Vital statistics of India. Vol. IV, Annual returns from 1871 to 1876. British Army of India, Native Army and jails of Bengal
Year: 1871
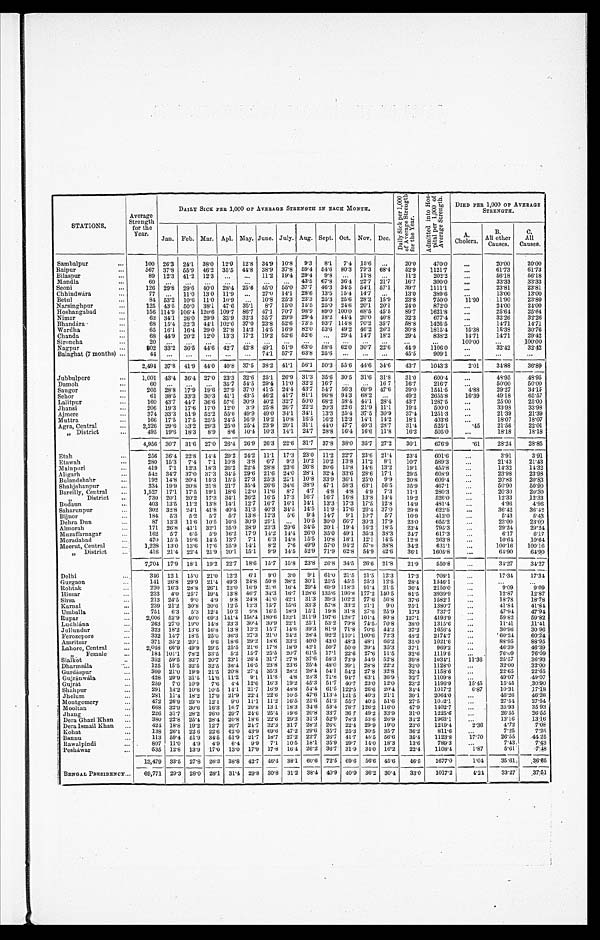
STATIONS.
Average
Strength
for the
Year.
DAILY SICK PER 1,000 OF AVERAGE STRENGTH IN EACH MONTH.
D a i l y S i c k p e r 1 , 0 0 0 o f A v e r a g e S t r e n g t h f o r t h e Y e a r . A d m i t t e d i n t o H o s - p i t a l p e r 1 , 0 0 0 o f A v e r a g e S t r e n g t h . DIED PER 1,000 OF AVERAGE
STRENGTH.
Jan. Feb. Mar. Apl. May. June. July. Aug. Sept. Oct. Nov. Dec.
A.
Cholera.
B.
All other
Causes.
C
. A l l C a u s e s .
Sambalpur
100 26.3 24.1 38.0 12.0 12.8 34.9 10.8
9.3
8.1
7.4 15.6
. . .
2 0 . 0
4 7 0 . 0
. . .
2 0 . 0 0
2 0 . 0 0
Raipur
567 37.8 55.9 46.2 35.5 44.8 38.9 37.8 59.4 54.6
8 0 . 3
7 9 . 3
6 8 . 4
5 2 . 9
1 1 2 1 . 7
...
6 1 . 7 3
6 1 . 7 3
Bilaspur
89 12.3 41.2 12.3
. . .
. . . 11.2 19.4 29.4 9.8
. . .
1 1 . 8
. . .
1 1 . 2
2 0 2 . 2
...
5 6 . 1 8
5 6 . 1 8
Mandla
60 ...
. . .
. . .
...
...
. . .
...
43.5 67.8
3 6 . 4
22.7
2 1 . 7
1 6 . 7
3 0 0 . 0
...
3 3 . 3 3
3 3 . 3 3
Seoni
126 29.8 29.6 40.0 28.4 25.6 45.0 55.0 37.7 46.3 34.5 54.1
5 7 . 1
3 9 . 7
1 1 1 1 . 1
. . .
2 3 . 8 1
2 3 . 8 1
Chhindwára
77 ...
11.0 13.0 11.9 ...
27.0 14.1 28.6 13.5 15.4 14.7
. . .
13.0
389.6
. . .
1 3 . 0 0
1 3 . 0 0
Betul
84 53.2 10.6 11.0 10.9
. . . 10.8 25.3 23.3 25.3 25.6 28.2
1 5 . 9
2 3 . 8
7 5 0 . 0
1 1 . 9 0 .
1 1 . 9 0
2 3 . 8 0
Narsinghpur
125 43.5 50.0 38.1 47.6
3 5 . 1
8 . 7 15.0 15.5 25.0 24.6 20.1
2 0 . 1
2 4 . 0
8 7 2 . 0
. . .
2 4 . 0 0
2 4 . 0 0
Hoshangabad
156 114.9 106.4 120.6 109.7 86.7 47.1 70.7 98.9 89.0 100.0 68.5 45.5
8 9 . 7
1 6 2 1 . 8
...
2 5 . 6 4
2 5 . 6 4
Nimar
62 34.1
2 6 . 0
2 9 . 9
3 3 . 9
3 2 . 3
3 5 . 7
2 9 . 9
2 9 . 4
1 8 . 2
4 4 . 4
2 0 . 0
4 0 . 8
3 2 . 3
6 7 7 . 4
...
3 2 . 2 6
3 2 . 2 6
B h a n d á r a
68 15.4
3 2 . 3
4 4 . 1
1 0 2 . 6
3 7 . 0
2 3 . 8
5 2 . 6
7 3 . 5
9 3 . 7
1 1 4 . 8
7 0 . 2
3 5 . 7
5 8 . 8
1 4 2 6 . 5
. . .
1 4 . 7 1
1 4 . 7 1
Wardha
65 16.1 16.4 29.0 27.8 14.3 14.5 16.9 82.0
5 3 . 6
4 9 . 2
4 6 . 2
2 6 . 3
3 0 . 8
1 8 1 5 . 4
1 5 . 3 8
1 5 . 3 8
3 0 . 7 6
Chanda
68 44.9 20.2 12.0 13.3 17.2 19.2 52.6 52.6
. . . 29.4 14.7 18.2
29.4
8 3 8 . 2
1 4 . 7 1
1 4 . 7 1
2 9 . 4 2
S i r o n c h a 20 ...
. . .
. . .
. . . ...
. . .
. . .
. . . ...
. . .
. . .
. . .
. . .
. . .
1 0 0 . 0 0
. . .
1 0 0 . 0 0
Nagpur
802 33.2 36.5 44.6 42.7 42.8 49.1 51.9 63.0 58.6 62.0
3 0 . 7
2 2 . 6
4 4 . 9
1 1 0 6 . 0
. . .
3 2 . 4 2
3 2 . 4 2
Balaghat (7 months)
44 ...
...
...
...
...
74.1 57.7 63.8 25.6 ...
. . .
. . .
45.5
9 0 9 . 1
...
. . .
. . .
2,494 37.8 41.9 44.0 40.8 37.5 38.2 41.1 56.1 50.3 55.6 44.6 34.6
43.7
1043.3
2.01
34.88
36.89
Jubbulpore
1,001 43.4 36.4 27.0 23.3 32 .6 25.1 26.9 31.3 35.6 30.5 31.6 31.8
3 1 . 0
6 0 0 . 4
. . .
4 8 . 9 5
4 8 . 9 5
Damoh
60 ...
. . .
. . . 35.7
5 4 . 5 29.4 11.0 32.2 16.7
. . .
. . . 16.7
16.7
2 1 6 . 7
...
5 0 . 0 0
5 0 . 0 0
Saugor
205 28.8 17.9
1 9 . 6 27.9 37.0 41.5 24.4 43.7 54.7 56.3
6 9 . 9
4 7 . 6
3 9 . 0
1 5 4 1 . 5
4 . 8 8
2 9 . 2 7
3 4 . 1 5
Sehor
6 1 38.5 33.3 30.3 41.1 43.5 46.2 41.7 81.1 96.8 94.3 68.2 ...
49.2
2 6 5 5 . 8
1 6 . 3 9
4 9 . 1 8
6 5 . 5 7
Lalitpur
160 43.7 44.7 36.6 57.6 30.9 40.2 32.7 50.0 68.2 58.4 44.1 28.4
43.7
1 2 8 7 . 5
. . .
2 5 . 0 0
2 5 . 0 0
Jhansi
206 19.3 17.6 17.0 12.0 3.9 25.8 26.7 22.2 20.3 22.6 21.9 11.1
19.4
5 0 0 . 0
...
3 3 . 9 8
3 3 . 9 8
Ajmere
374 33.3 51.9 52.2 55.6 49.9 49.0 34.1 34.1 13.3
2 5 . 4
3 7 . 5
3 0 . 9
3 7 . 4
1 2 5 1 . 3 ...
2 1 . 3 9
2 1 . 3 9
Muttra
166 17.5 17.5 25.5 24.5 16.9 19.2 10.8 16.5
1 6 . 2
1 2 . 3
1 4 . 1
1 4 . 2
1 8 . 1
4 0 3 . 6
. . .
1 8 . 0 7
1 8 . 0 7
Agra, Central
2,226 29.6 33.2 29.3 25.0 25.4 23.9 20.1 31.1 44.0 47.7 40.3
2 8 . 7
31.4
525.1
. 4 5
2 1 . 5 6
2 2 . 0 1
” District
495 19.6 18.3 8.9
8.6 10.4 10.3 14.1 24.7 28.8 16.4 16.6 11.8
16.2
505.0
. . .
18.18
18.18
4,956 30.7 31.6 27.0 26.4 26.9 26.3 22.6 31.7 37.8 38.0 35.7 27.2
30.1
676.9
0 6 1
28.24
28.85
Etah
256 36.4 22.8 14.4 29.2
2 4 . 2 11.1 17.3 23.0 11.2 22.7 23.6 21.4
23.4
601.6
. . .
3 . 9 1
3 . 9 1
Etawah
280 15.3
7.4
7.1 10.8
3.8 6.7
9.3 10.2 10.2 13.8 11.2 8.1
10.7
5 8 9 . 3
. . .
2 1 . 4 3
2 1 . 4 3
Mainpuri
419 7.1 12.3 18.3 26.2 22.4 28.8 23.6 26.8 20.6 15.8 14.6
1 3 . 2
1 9 . 1
4 5 5 . 8
. . .
1 4 . 3 2
1 4 . 3 2
Aligarh
542 34.7 37.0 37.3 34.5 29.6 21.6 24.0 28.1
3 2 . 4
3 3 . 6
2 8 . 6
1 7 . 1
2 9 . 5
6 0 8 . 9
. . .
2 3 . 9 8
2 3 . 9 8
Bulandshahr
192 14.8 20.4 15.3 15.5 27.3 25.3 25.1 10.8 33.9 36.1 25.0 9.9
20.8
609.4
. . .
2 0 . 8 3
2 0 . 8 3
Shahjahanpur
334 19.9 20.8 21.8
2 1 . 7 35.4 26.6 34.6 38.9 47.1 58.3 63.1 56.5
35.9
467.1
...
5 0 . 9 0
5 0 . 9 0
Bareilly, Central
1,527 17.1 17.5 19.1 18.6 12.0 11.6
8.7
4.7
4.8
4.8 4.9 7.3
1 1 . 1
2 8 0 . 3
. . .
2 0 . 3 0
2 0 . 3 0
” District
730 20.1 20.2 17.3 34.1 26.2 16.5 17.3 16.7 167 16.8 13.8 14.4
19.2
526.0
...
12.33
12.33
Budaun
403 13.5 11.2 13.8 14.1 12.7 16.7 16.1 14.1 13.3 17.3 17.5 12.8
14.9
481.4
. . .
4 . 9 6
4 . 9 6
Saharunpur
302 32.8 24.1 41.8 40.4 31.3 40.3 34.5 14.5 11.9 17.6 26.4 37.0
29.8
6 2 2 . 5
...
3 6 . 4 2
3 6 . 4 2
Bijnor
184 5.3
5.2
5.7
5.7 13.8 12.3
5.6
9.4 14.7 9.1 10.7
5.7
10.9
4 1 3 . 0
...
5 . 4 3
5 . 4 3
Dehra Dun
87 13.3 11.6 10.5 10.6 30.9 29.1 ...
10.5 30.0 66.7 30.3 17.9
23.0
655.2
. . .
2 3 . 0 0
2 3 . 0 0
Almorah
171 26.8 41.1 32.1 25.0 28.9 23.3 29.6 34.5 20.1 19.4 16.2 18.5
2 3 . 4
7 9 5 . 3
. . .
2 9 . 2 4
29.24
Muzaffarnagar
162
5.7
6.5
5.9 16.2 17.9 14.2 14.4 26.0 35.0 49.1 35.3 38.3
24.7
617.3
...
6 . 1 7
6 . 1 7
Moradabad
470 15.5 19.6 14.5 13.7
7.1
6.3 14.8 15.5 10.8 18.1 12.1 14.5
1 2 . 8
2 6 3 . 8
. . .
1 0 . 6 4
1 0 . 6 4
Meerut, Central
1,228 13.0 13.6 17.6 25.9 14.1
8.2
7.6 49.9 57.0
9 4 . 2
5 7 . 0
3 8 . 8
3 4 . 2
6 3 1 . 1
...
1 0 0 . 1 6
1 0 0 . 1 6
” District
416 21.4 22.4 21.9 20.1 15.1
9.9 14.5 52.9 71.9 62.8 54.9 42.6
36.1
1 6 0 5 . 8
...
64.90
64.90
7,704 17.9 18.1 19.2 22.7 18.6 15.7 15.8 23.8 26.8 34.5 26.6 21.8
21.9
5 5 0 . 8
...
34.27
34.27
Delhi
346 12.1 15.0 21.0 12.2 6.1
9.0 3.0
9.1 61.0 21.5 21.5 12.3
17.3
708.1
. . .
17.34
1 7 . 3 4
Gurgaon
141 26.8 29.9 21.4 49.3 24.8 50.8 38.2 30.1 25.5 45.5 25.3 12.5
28.4
1 5 4 6 . 1
. . .
. . .
. . .
Rohtak
220 16.3 28.8 26.1 22.0 16.9 21.6 16.4 29.4 69.9 118.3 91.4 21.5
36.4
2 1 5 0 . 0
. . .
9 . 0 9
9 . 0 9
Hissar
233 4.0 25.7 19.4 13.8 46.7 34.3 16.7 128.6 135.6 196.8 177.2 140.5
8 1 . 5
3 9 3 9 . 9
. . .
1 2 . 8 7
1 2 . 8 7
Sirsa
213 24.5
9.0
4.9 9.8 24.8 41.0 42.1 31.3 39.3 102.2 77.6 56.8
37.6
1582.1
. . .
1878
18.78
Karnal
239 21.2 30.8 30.6 12.5 12.3 15.7 15.6 33.3 57.8 33.2 21.1
9.0
25.1
1 3 8 0 . 7
. . .
4 1 . 8 4
4 1 . 8 4
Umballa
751 6.3
5.3 12.4 10.2
9.8 16.5 18.9 15.1 19.8 31.8 27.6 25.9
1 7 . 3
7 3 7 . 7
. . .
4 7 . 9 4
4 7 . 9 4
Rupar
2,006 52.9
4 0 . 0 69.3 141.4 156.4 180.6 132.1 211.9 197.6 128.7 101.4 80.8 127.1
4 1 9 3 . 9
. . .
5 9 . 8 2
5 9 . 8 2
Ludhiána
263 27.0 19.0 14.8 23.3 30.4 30.9 22.1 25.1 53.2 79.8 74.5 70.8
38.0
1 3 1 5 . 6
...
1 1 . 4 1
1 1 . 4 1
Jullundur
323 18.2 13.6 16.8 13.8 13.2 15.7 14.6 39.3 81.9 71.8 70.6 44.2
3 7 . 2
1 6 5 6 . 4
. . .
3 0 . 9 6
3 0 . 9 6
Ferozepore
332 14.7 18.5 25.0 36.3 27.3 21.0 24.2 28.4 92.2 110.1 100.6 72.3
48.2
2174.7
. . .
60.24
60.24
Amritsar
371 35.2 20.1
9.6 18.6 29.2 18.6 33.2
4 0 . 0 43.0 48.3 48.1 66.2
35.0
1 0 2 1 . 6
. . .
8 8 . 9 5
8 8 . 9 5
Lahore, Central
2,048 66.9 49.9 29.5 25.5 21.6 17.8 18.9 42.1 50.7 50.0 39.4 35.3
3 7 . 1
9 6 9 . 2
. . .
4 6 . 3 9
4 6 . 3 9
” Female
184 101.1 78.2 33.5
5.2 15.7 25.5 20.7 61.5 17.1 22.6 27.6 11.5
32.6
1119.5
. . .
7 6 . 0 9
7 6 . 0 9
Sialkot
352 59.5 32.7 20.7 23.1 26.4 31.7 27.8 37.6 58.3 73.9 54.9 52.8
39.8
1 0 3 4 . 1
1 1 . 3 6
2 5 . 5 7
3 6 . 9 3
Dharmsála
125 15.5 32.5 32.5 36.4 16.5 23.8 23.6 25.4 48.0 39.1 28.8 22.2
32.0
1 1 2 8 . 0
. . .
3 2 . 0 0
3 2 . 0 0
Gurdáspur
309 21.0 19.9 21.5 20.8 27.4 35.3 28.2 28.4 54.1 54.2 27.8 32.8
32.4
1158.6
...
22.65
2 2 . 6 5
Gujránwála
428 29.9 31.5 11.8 11.2 9.1 11.8
4 . 8 23.3 71.8 94.7 63.1 36.9
32.7
1109.8
...
49.07
4 9 . 0 7
Gujrat
259 7.0 10.9 7.6
4.4 12.6 16.3 19.2 45.3 51.7 40.7 23.0 12.0
23.2
1 1 9 6 . 9
1 5 . 4 5 .
1 5 . 4 5
3 0 . 9 0
Shahpur
291 14.2 10.8 10.5 14.1 21.7 16.9 48.8 54.4 61.5
1 2 2 . 5
2 6 . 6
2 0 . 4
3 4 . 4
1 0 1 7 . 2
6 . 8 7
1 0 . 3 1
1 7 . 1 8
Jhelum
281 11.4 18.2 17.9 21.9 22.4 22.6 10.5 47.6 113.4 121.5 40.3 21.1
39.1
2 0 6 4 . 0
. . .
4 6 . 2 6
4 6 . 2 6
Montgomery
472 26.9 23.0 12.1
9.0 11.1 11.2 16.5 25.6 51.2 55.7 40.5 51.6
2 7 . 5
1 0 5 2 . 1
...
2 7 . 5 4
2 7 . 5 4
Mooltan
668 32.9 30.6 16.3 16.7 20.8 13.1 18.3 34.6 53.4 78.7 126.2 116.0
4 7 . 9
1 4 0 2 . 7
...
3 5 . 9 3
3 5 . 9 3
Jhang
226 31.7 28.2 26.0 29.7 24.6 25.4 19.6 20.8 33.7 36.7 49.2 33.9
31.0
1225.6
. . . 26.55
26.55
Dera Ghazi Khan
380 22.8 25.4 28.4 20.8 18.6 22.6 29.3 31.3 52.9 78.3 53.6 26.9
34.2
1 9 6 3 . 1
. . .
1 3 . 1 6
1 3 . 1 6
Dera Ismail Khan
424 18.8 19.2 12.7 20.7
2 4 . 7 32.3 31.7 28.2 26.6 22.4 29.9 19.0
2 3 . 6
1 2 1 9 . 4
2 . 3 6
4 . 7 2
7 . 0 8
Kohat
138 26.1 22.6 22.6 42.0 43.9 69.6 47.2 29.6 35.7 25.3 30.5 35.7
3 6 . 2
8 1 1 . 6
. . .
7 . 2 5
7.25
Bannu
113 59.4 51.9 34.5 51.9 21.7 18.7 27.2 22.7 26.7
4 1 . 7
4 5 . 5
5 6 . 6
3 5 . 4
1 1 2 3 . 8
1 7 . 7 0
2 6 . 5 5
4 4 . 2 5
Rawalpindi
807 11.0
4.9 4.9
6 . 4 9.9 7.1 10.5 18.1 35.9
29.7
1 4 . 0
1 8 . 3
1 3 . 6
7 8 9 . 3
. . .
7 . 4 3
7 . 4 3
Pesháwar
535 12.8 13.9 17.0 13.0 17.9 17.8 16.4 26.2 36.7 31.9 34.0 16.2
2 2 . 4
1 1 0 8 . 4
1.87
5 . 6 1
7 . 4 8
13,479 33.5 27.8 26.3 38.8 42.7 46.4 38.1 60.6 72.5 69.6 56.6 45.6
46.5
1677.0
1.04
35.61
36.65
BENGAL PRESIDENCY
69,771 29.3 28.0 28.1 31.4 29.8 30.8 31.2 38.4 40.9 40.9 36.2 30.4
33.0
1017.2
4.24
33.27
3 7 . 5 1